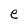
Character: e